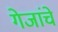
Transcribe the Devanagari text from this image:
गेजांचे